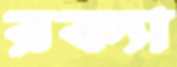
রক্যা